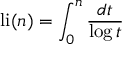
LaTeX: \operatorname { l i } ( n ) = \int _ { 0 } ^ { n } { \frac { d t } { \log t } }